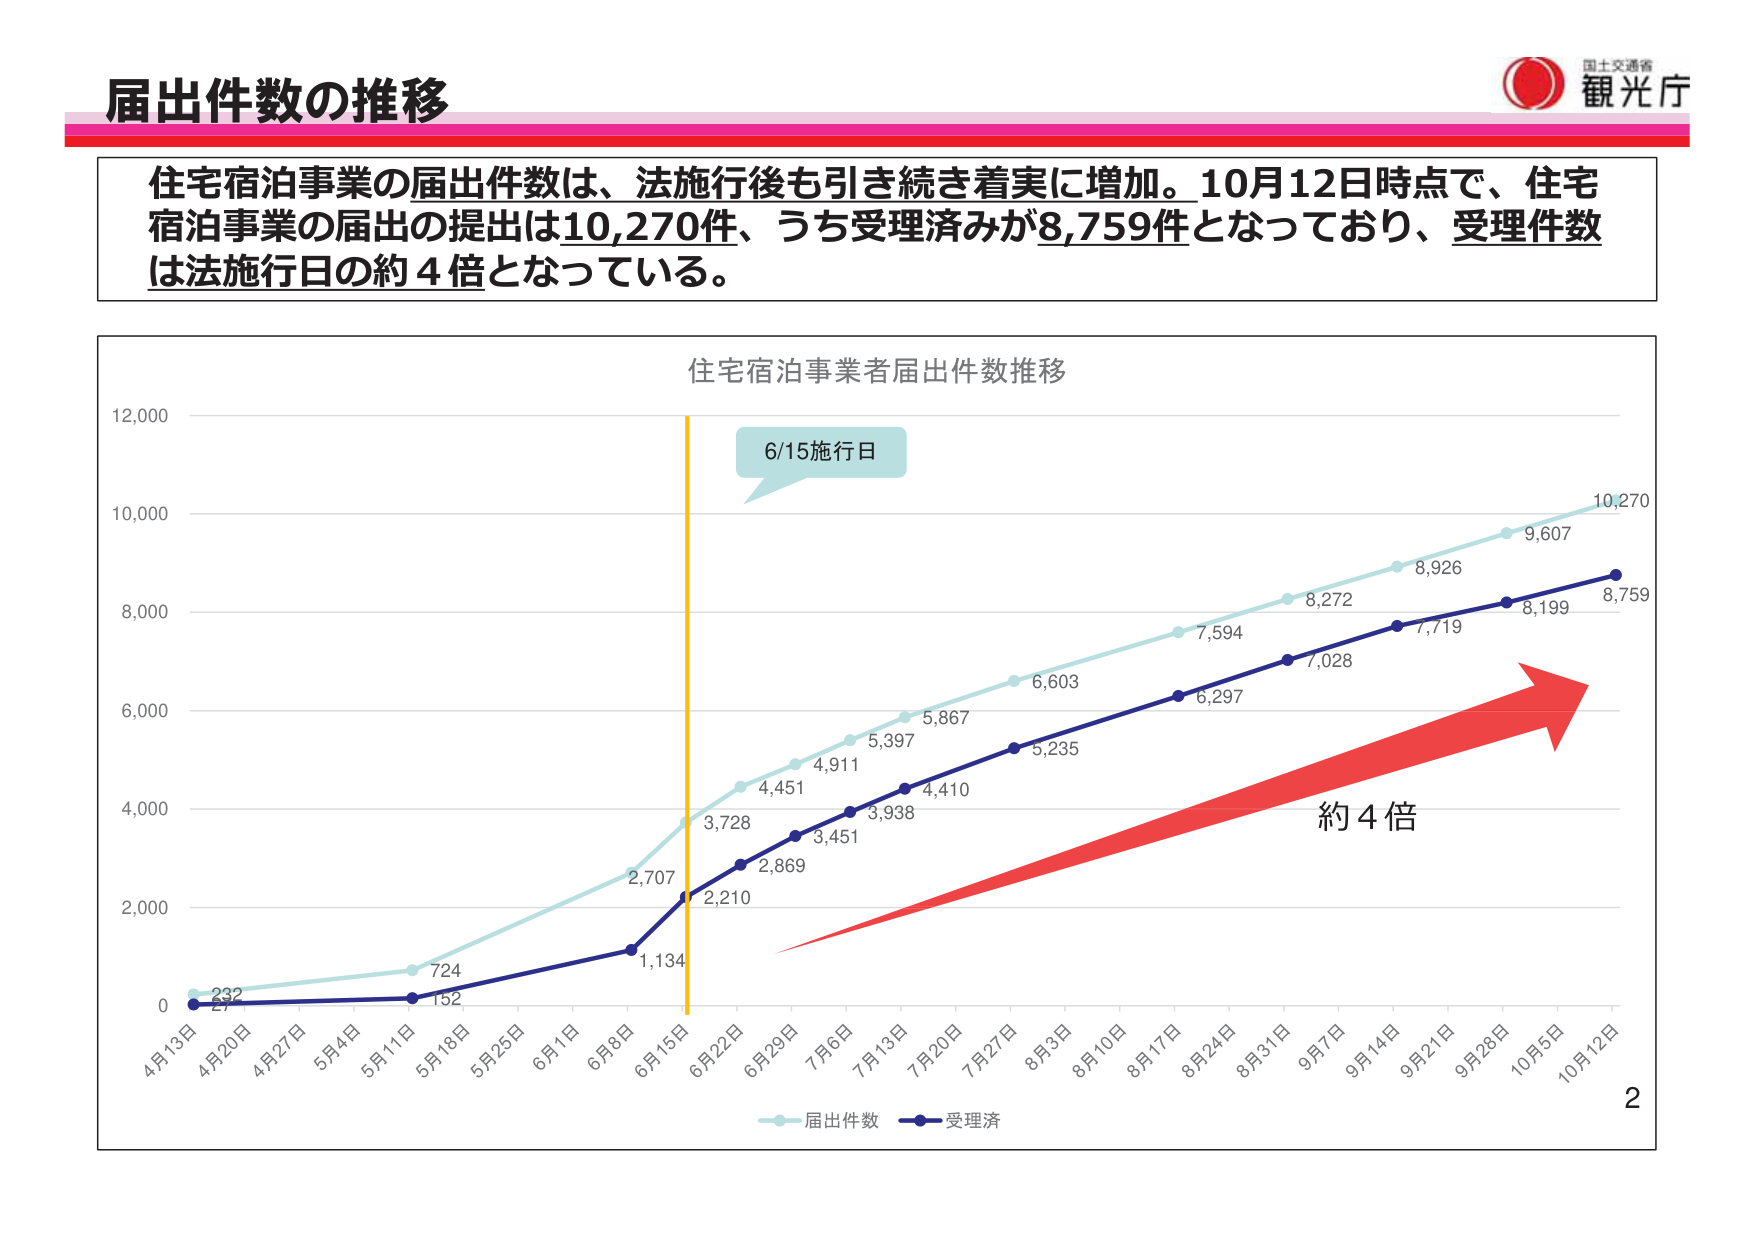
届出件数の推移

住宅宿泊事業の届出件数は、法施行後も引き続き着実に増加。10月12日時点で、住宅宿泊事業の届出の提出は10,270件、うち受理済みが8,759件となっており、受理件数は法施行日の約4倍となっている。

住宅宿泊事業者届出件数推移

6/15施行日

232
152
724
2,707
2,210
1,134
3,728
2,869
3,451
3,938
4,410
4,451
4,911
5,397
5,867
6,603
7,594
8,272
8,926
9,607
10,270
8,759
8,199
7,719
7,028
6,297
5,235

4月13日
4月20日
4月27日
5月4日
5月11日
5月18日
5月25日
6月1日
6月8日
6月15日
6月22日
6月29日
7月6日
7月13日
7月20日
7月27日
8月3日
8月10日
8月17日
8月24日
8月31日
9月7日
9月14日
9月21日
9月28日
10月5日
10月12日

届出件数
受理済

約4倍

国土交通省
観光庁

2